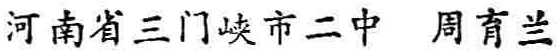
河南省三门峡市二中 周育兰